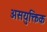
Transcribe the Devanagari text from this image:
असयुक्तिक